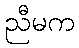
ညီမက